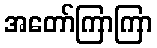
အတော်ကြာကြာ